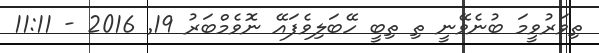
ތިވަރުވީމަ ބުނެވޭނީ ތި ތިބީ ހޭބަލިވެފައޭ ނޮވެމްބަރު 19